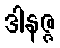
ဒါနဇ္ဇ